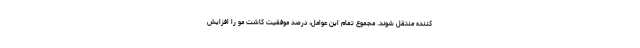
کننده منتقل شوند. مجموع تمام این عوامل، درصد موفقیت کاشت مو را افزایش